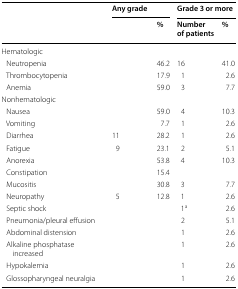
<table><thead><tr><td rowspan="2">[EMPTY_CELL]</td><td colspan="2"><b>Any grade</b></td><td colspan="2"><b>Grade 3 or more</b></td></tr><tr><td>[EMPTY_CELL]</td><td><b>%</b></td><td><b>Number of patients</b></td><td><b>%</b></td></tr></thead><tbody><tr><td colspan="5">Hematologic</td></tr><tr><td> Neutropenia</td><td>[EMPTY_CELL]</td><td>46.2</td><td>16</td><td>41.0</td></tr><tr><td> Thrombocytopenia</td><td>[EMPTY_CELL]</td><td>17.9</td><td>1</td><td>2.6</td></tr><tr><td> Anemia</td><td>[EMPTY_CELL]</td><td>59.0</td><td>3</td><td>7.7</td></tr><tr><td colspan="5">Nonhematologic</td></tr><tr><td> Nausea</td><td>[EMPTY_CELL]</td><td>59.0</td><td>4</td><td>10.3</td></tr><tr><td> Vomiting</td><td>[EMPTY_CELL]</td><td>7.7</td><td>1</td><td>2.6</td></tr><tr><td> Diarrhea</td><td>11</td><td>28.2</td><td>1</td><td>2.6</td></tr><tr><td> Fatigue</td><td>9</td><td>23.1</td><td>2</td><td>5.1</td></tr><tr><td> Anorexia</td><td>[EMPTY_CELL]</td><td>53.8</td><td>4</td><td>10.3</td></tr><tr><td> Constipation</td><td>[EMPTY_CELL]</td><td>15.4</td><td>[EMPTY_CELL]</td><td>[EMPTY_CELL]</td></tr><tr><td> Mucositis</td><td>[EMPTY_CELL]</td><td>30.8</td><td>3</td><td>7.7</td></tr><tr><td> Neuropathy</td><td>5</td><td>12.8</td><td>1</td><td>2.6</td></tr><tr><td> Septic shock</td><td>[EMPTY_CELL]</td><td>[EMPTY_CELL]</td><td>1<sup>a</sup></td><td>2.6</td></tr><tr><td> Pneumonia/pleural effusion</td><td>[EMPTY_CELL]</td><td>[EMPTY_CELL]</td><td>2</td><td>5.1</td></tr><tr><td> Abdominal distension</td><td>[EMPTY_CELL]</td><td>[EMPTY_CELL]</td><td>1</td><td>2.6</td></tr><tr><td> Alkaline phosphatase increased</td><td>[EMPTY_CELL]</td><td>[EMPTY_CELL]</td><td>1</td><td>2.6</td></tr><tr><td> Hypokalemia</td><td>[EMPTY_CELL]</td><td>[EMPTY_CELL]</td><td>1</td><td>2.6</td></tr><tr><td> Glossopharyngeal neuralgia</td><td>[EMPTY_CELL]</td><td>[EMPTY_CELL]</td><td>1</td><td>2.6</td></tr></tbody></table>